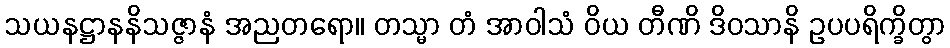
သယနဋ္ဌာနနိသဇ္ဇာနံ အညတရော။ တသ္မာ တံ အာဝါသံ ဝိယ တီဏိ ဒိဝသာနိ ဥပပရိက္ခိတွာ